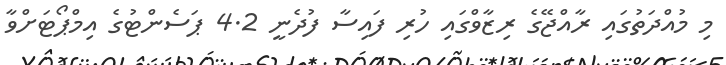
މި މުއްދަތުގައި ރާއްޖޭގެ ރިޒާވްގައި ހުރި ފައިސާ ފުދެނީ 4.2 ޕަސެންޓުގެ އިމްޕޯޓަށްވާ